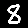
Digit: 8